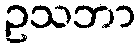
ဥသဘာ